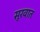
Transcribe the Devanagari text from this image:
सूरवात